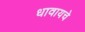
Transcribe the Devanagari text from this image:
धावायचे